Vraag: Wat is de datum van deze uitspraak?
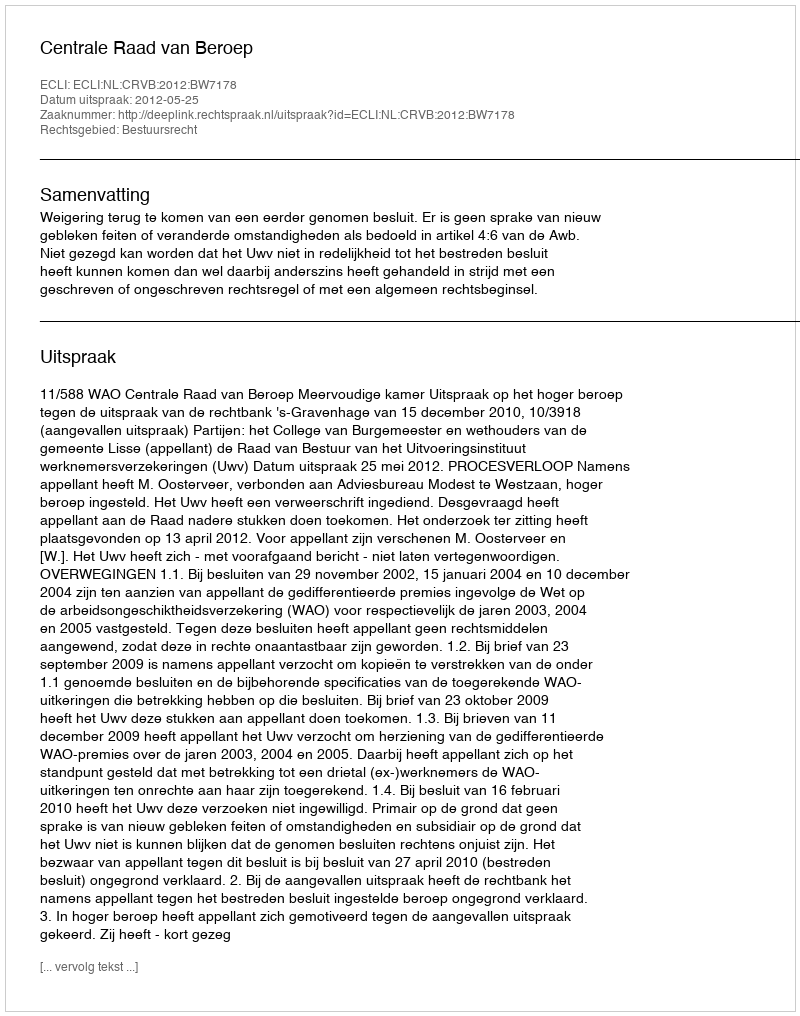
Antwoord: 2012-05-25